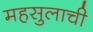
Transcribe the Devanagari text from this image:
महसुलाची